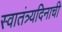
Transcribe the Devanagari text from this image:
स्वातंत्र्यदिनाची